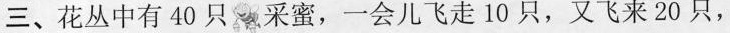
三、花丛中有40只蜜蜂采蜜，一会儿飞走10只，又飞来20只，